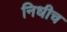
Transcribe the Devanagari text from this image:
निधीच